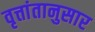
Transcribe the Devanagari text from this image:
वृत्तांतानुसार